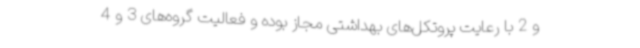
و 2 با رعایت پروتکل‌های بهداشتی مجاز بوده و فعالیت گروه‌های 3 و 4